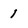
Character: 1